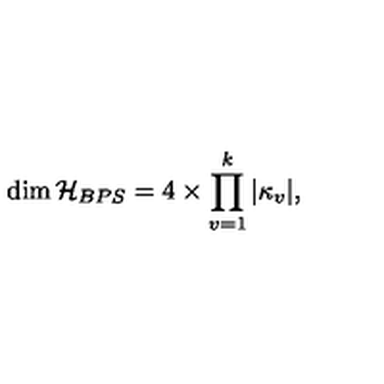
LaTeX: \dim { \cal H } _ { B P S } = 4 \times \prod _ { v = 1 } ^ { k } | \kappa _ { v } | ,